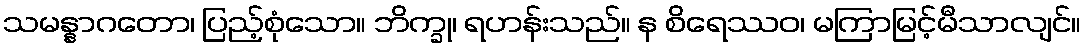
သမန္နာဂတော၊ ပြည့်စုံသော။ ဘိက္ခု၊ ရဟန်းသည်။ န စိရေဿဝ၊ မကြာမြင့်မီသာလျင်။